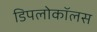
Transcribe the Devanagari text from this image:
डिपलोकॉलस